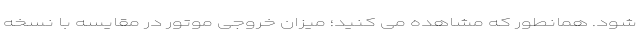
شود. همانطور که مشاهده می کنید؛ میزان خروجی موتور در مقایسه با نسخه